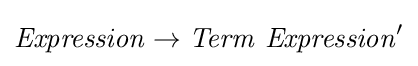
{\mathit {Expression}}\rightarrow {\mathit {Term}}\ {\mathit {Expression}}'